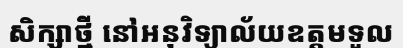
សិក្សាថ្មី នៅអនុវិទ្យាល័យឧត្តមទួល